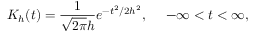
K _ { h } ( t ) = \frac { 1 } { \sqrt { 2 \pi } h } e ^ { - t ^ { 2 } / 2 h ^ { 2 } } , ~ ~ ~ ~ - \infty < t < \infty ,